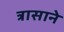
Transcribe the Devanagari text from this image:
त्रासाने